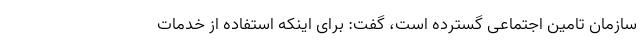
سازمان تامین اجتماعی گسترده است، گفت: برای اینکه استفاده از خدمات